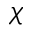
\chi